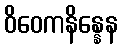
ဝိဝေကနိန္နေန